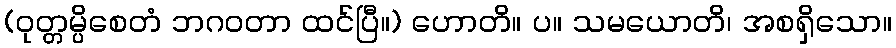
(ဝုတ္တမ္ပိစေတံ ဘဂဝတာ ထင်ပြီ။) ဟောတိ။ ပ။ သမယောတိ၊ အစရှိသော။